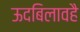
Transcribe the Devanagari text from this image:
ऊदबिलावहै